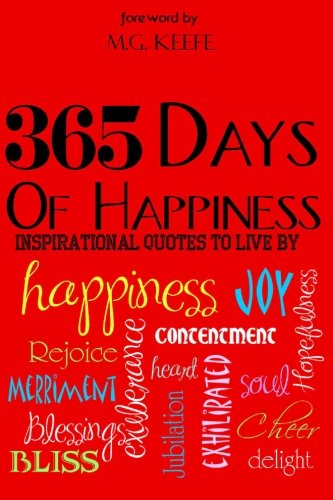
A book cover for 365 Days of Happiness: Inspirational Quotes to Live by; MG Keefe; Reference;